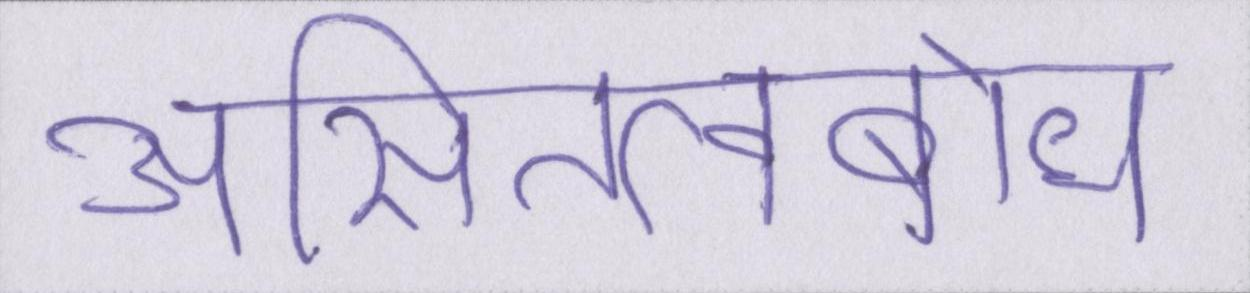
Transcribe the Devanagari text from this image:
असितत्वबोध